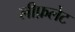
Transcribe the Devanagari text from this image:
लीफ़लेट